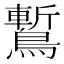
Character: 䳻